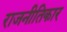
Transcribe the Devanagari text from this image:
राजनीतिकार